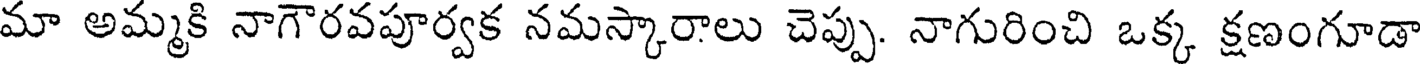
మా అమ్మకి నాగౌరవపూర్వక నమస్కారాలు చెప్పు. నాగురించి ఒక్క క్షణంగూడా